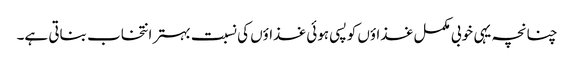
چنانچہ یہی خوبی مکمل غذاؤں کو پسی ہوئی غذاؤں کی نسبت بہتر انتخاب بناتی ہے۔